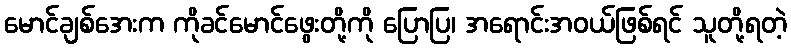
မောင်ချစ်အေးက ကိုခင်မောင်ဖွေးတို့ကို ပြောပြ၊ အရောင်းအဝယ်ဖြစ်ရင် သူတို့ရတဲ့